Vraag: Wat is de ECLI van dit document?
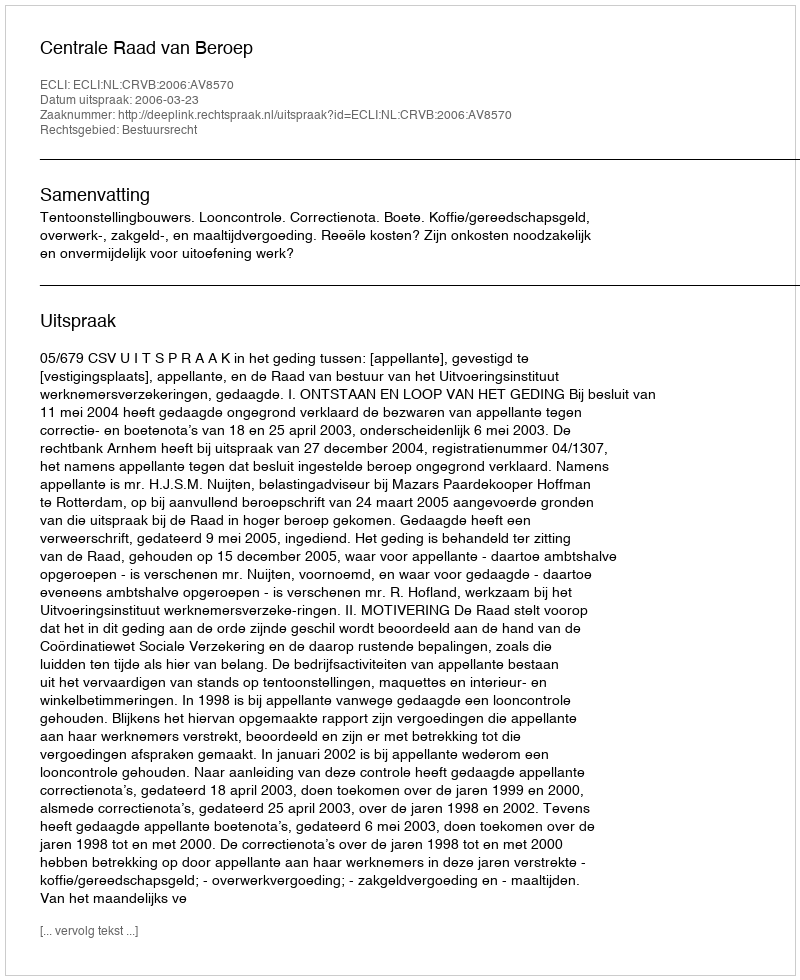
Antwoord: ECLI:NL:CRVB:2006:AV8570